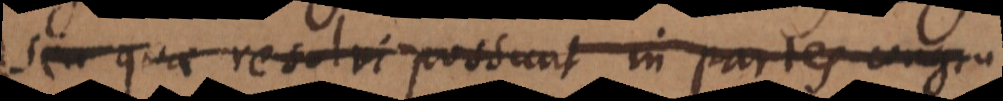
seu quae resolvi possunt in partes congru.